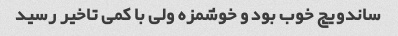
ساندویچ خوب بود و خوشمزه ولی با کمی تاخیر رسید